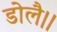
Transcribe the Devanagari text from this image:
डोलै।।